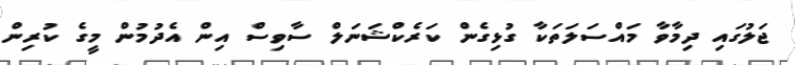
ޖަލުގައި ދިމާވާ މައްސަލަތަކާ ގުޅިގެން ކަރެކްޝަނަލް ސާވިސް އިން އެދުމުން މީގެ ކުރިން